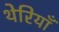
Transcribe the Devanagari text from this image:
थेरियाँ